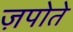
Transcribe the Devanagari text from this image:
ज़पोते